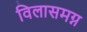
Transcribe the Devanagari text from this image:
विलासमग्न